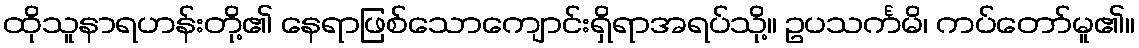
ထိုသူနာရဟန်းတို့၏ နေရာဖြစ်သောကျောင်းရှိရာအရပ်သို့။ ဥပသင်္ကမိ၊ ကပ်တော်မူ၏။